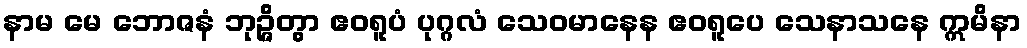
နာမ မေ ဘောဇနံ ဘုဉ္ဇိတွာ ဧဝရူပံ ပုဂ္ဂလံ သေဝမာနေန ဧဝရူပေ သေနာသနေ ဣမိနာ